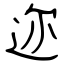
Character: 迩